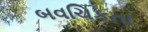
બવચિકતા